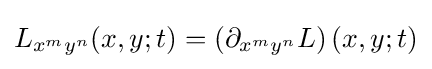
L_{x^{m}y^{n}}(x,y;t)=\left(\partial _{x^{m}y^{n}}L\right)(x,y;t)